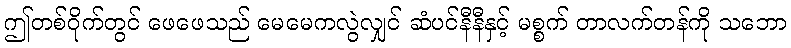
ဤတစ်ဝိုက်တွင် ဖေဖေသည် မေမေကလွဲလျှင် ဆံပင်နီနီနှင့် မစ္စက် တာလက်တန်ကို သဘော